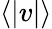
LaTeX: \langle|v|\rangle